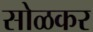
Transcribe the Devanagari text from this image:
सोळकर